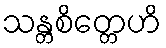
သန္တစိတ္တေဟိ